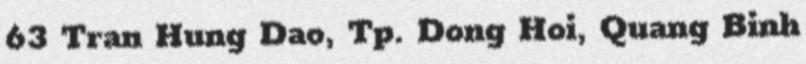
63 Tran Hung Dao, Tp. Dong Hoi, Quang Binh